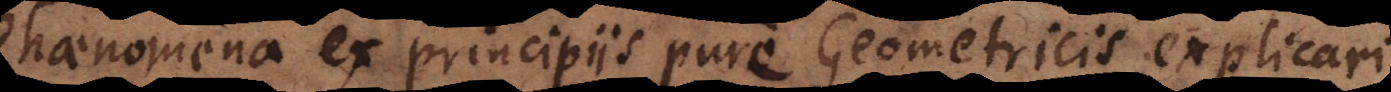
Phaenomena principiis pure Geometricis explicari